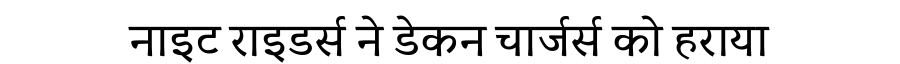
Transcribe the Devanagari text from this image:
नाइट राइडर्स ने डेकन चार्जर्स को हराया